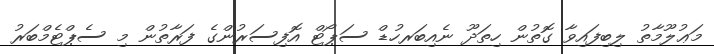
މަޢުލޫމާތު ލިބިފައިވާ ގޮތުން ހިތަދޫ ނެއިބަރހުޑް ސަޕޯޓް އޮފިސަރުންގެ ފަރާތުން މި ސެޕްޓެމްބަރު